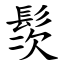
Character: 䯸